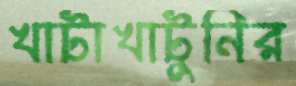
খাটাখাটুনির